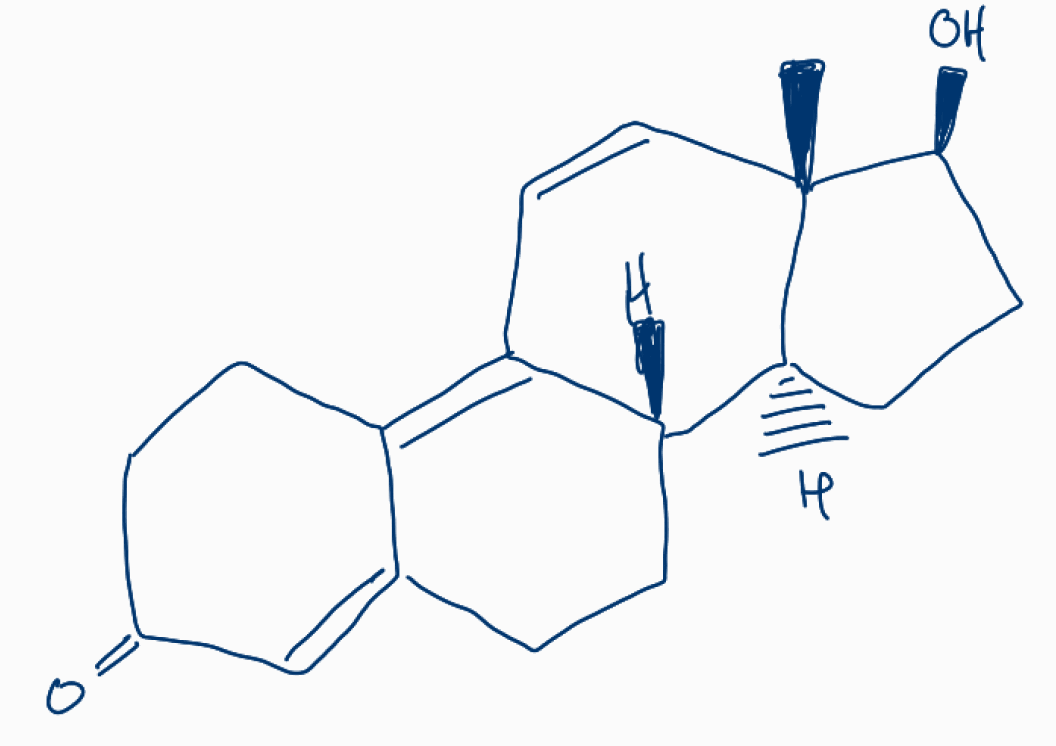
Simplified molecular-input line-entry system (SMILES) notation of the given molecule:
C[C@]12C=CC3=C4CCC(=O)C=C4CC[C@H]3[C@@H]1CC[C@@H]2O